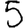
Digit: 5